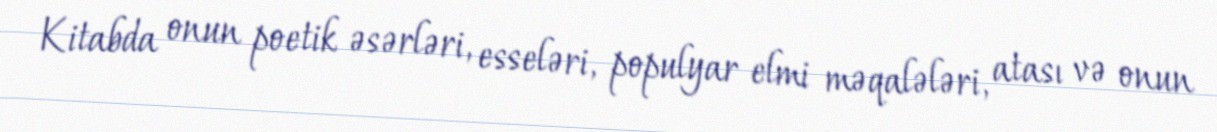
Kitabda onun poetik əsərləri, esseləri, populyar elmi məqalələri, atası və onun